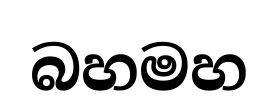
බහමහ